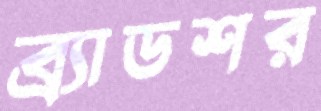
ব্র্যাডশর